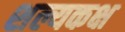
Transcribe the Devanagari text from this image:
शल्यकक्ष